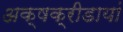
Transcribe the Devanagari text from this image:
अक्षक्रीडायां